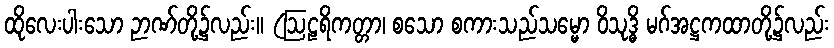
ထိုလေးပါးသော ဉာဏ်တို့၌လည်း။ (ဩဠရိကတ္တာ၊ စသော စကားသည်သမ္မော ဝိသုဒ္ဓိ မဂ်အဋ္ဌကထာတို့၌လည်း